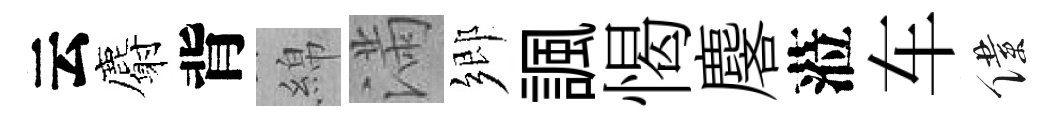
云麝背綿滿鄉諷愒麐蒞车僕